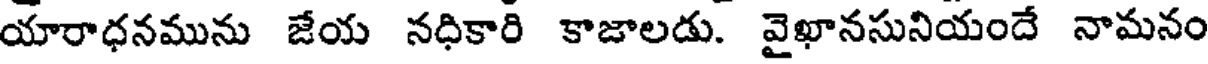
యారాధనమును జేయ నధికారి కాజాలడు. వైఖానసునియందే నామనం